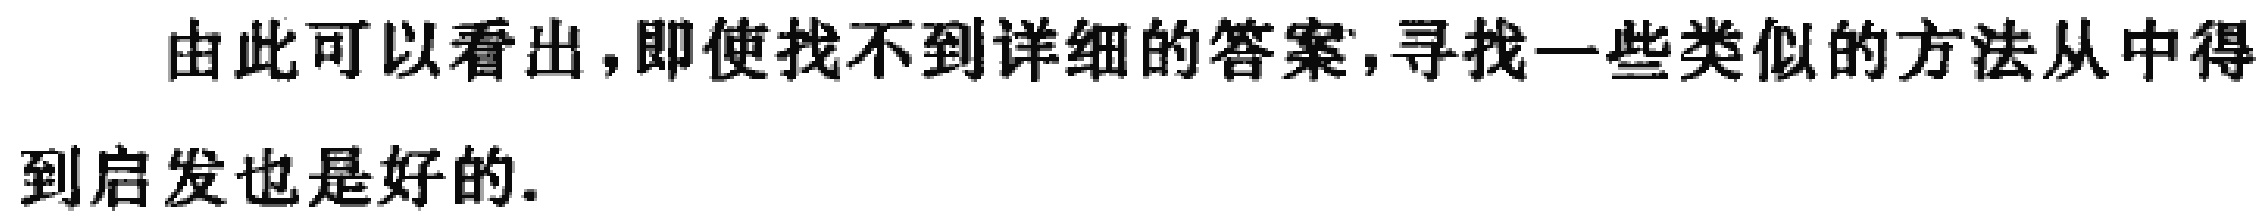
由此可以看出,即使找不到详细的答案,寻找一些类似的方法从中得到启发也是好的.